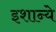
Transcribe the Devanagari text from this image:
इशान्ये